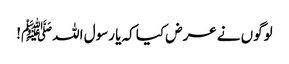
لوگوں نے عرض کیا کہ یا رسول اللہﷺ!